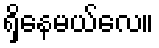
ရှိနေမယ်လေ။